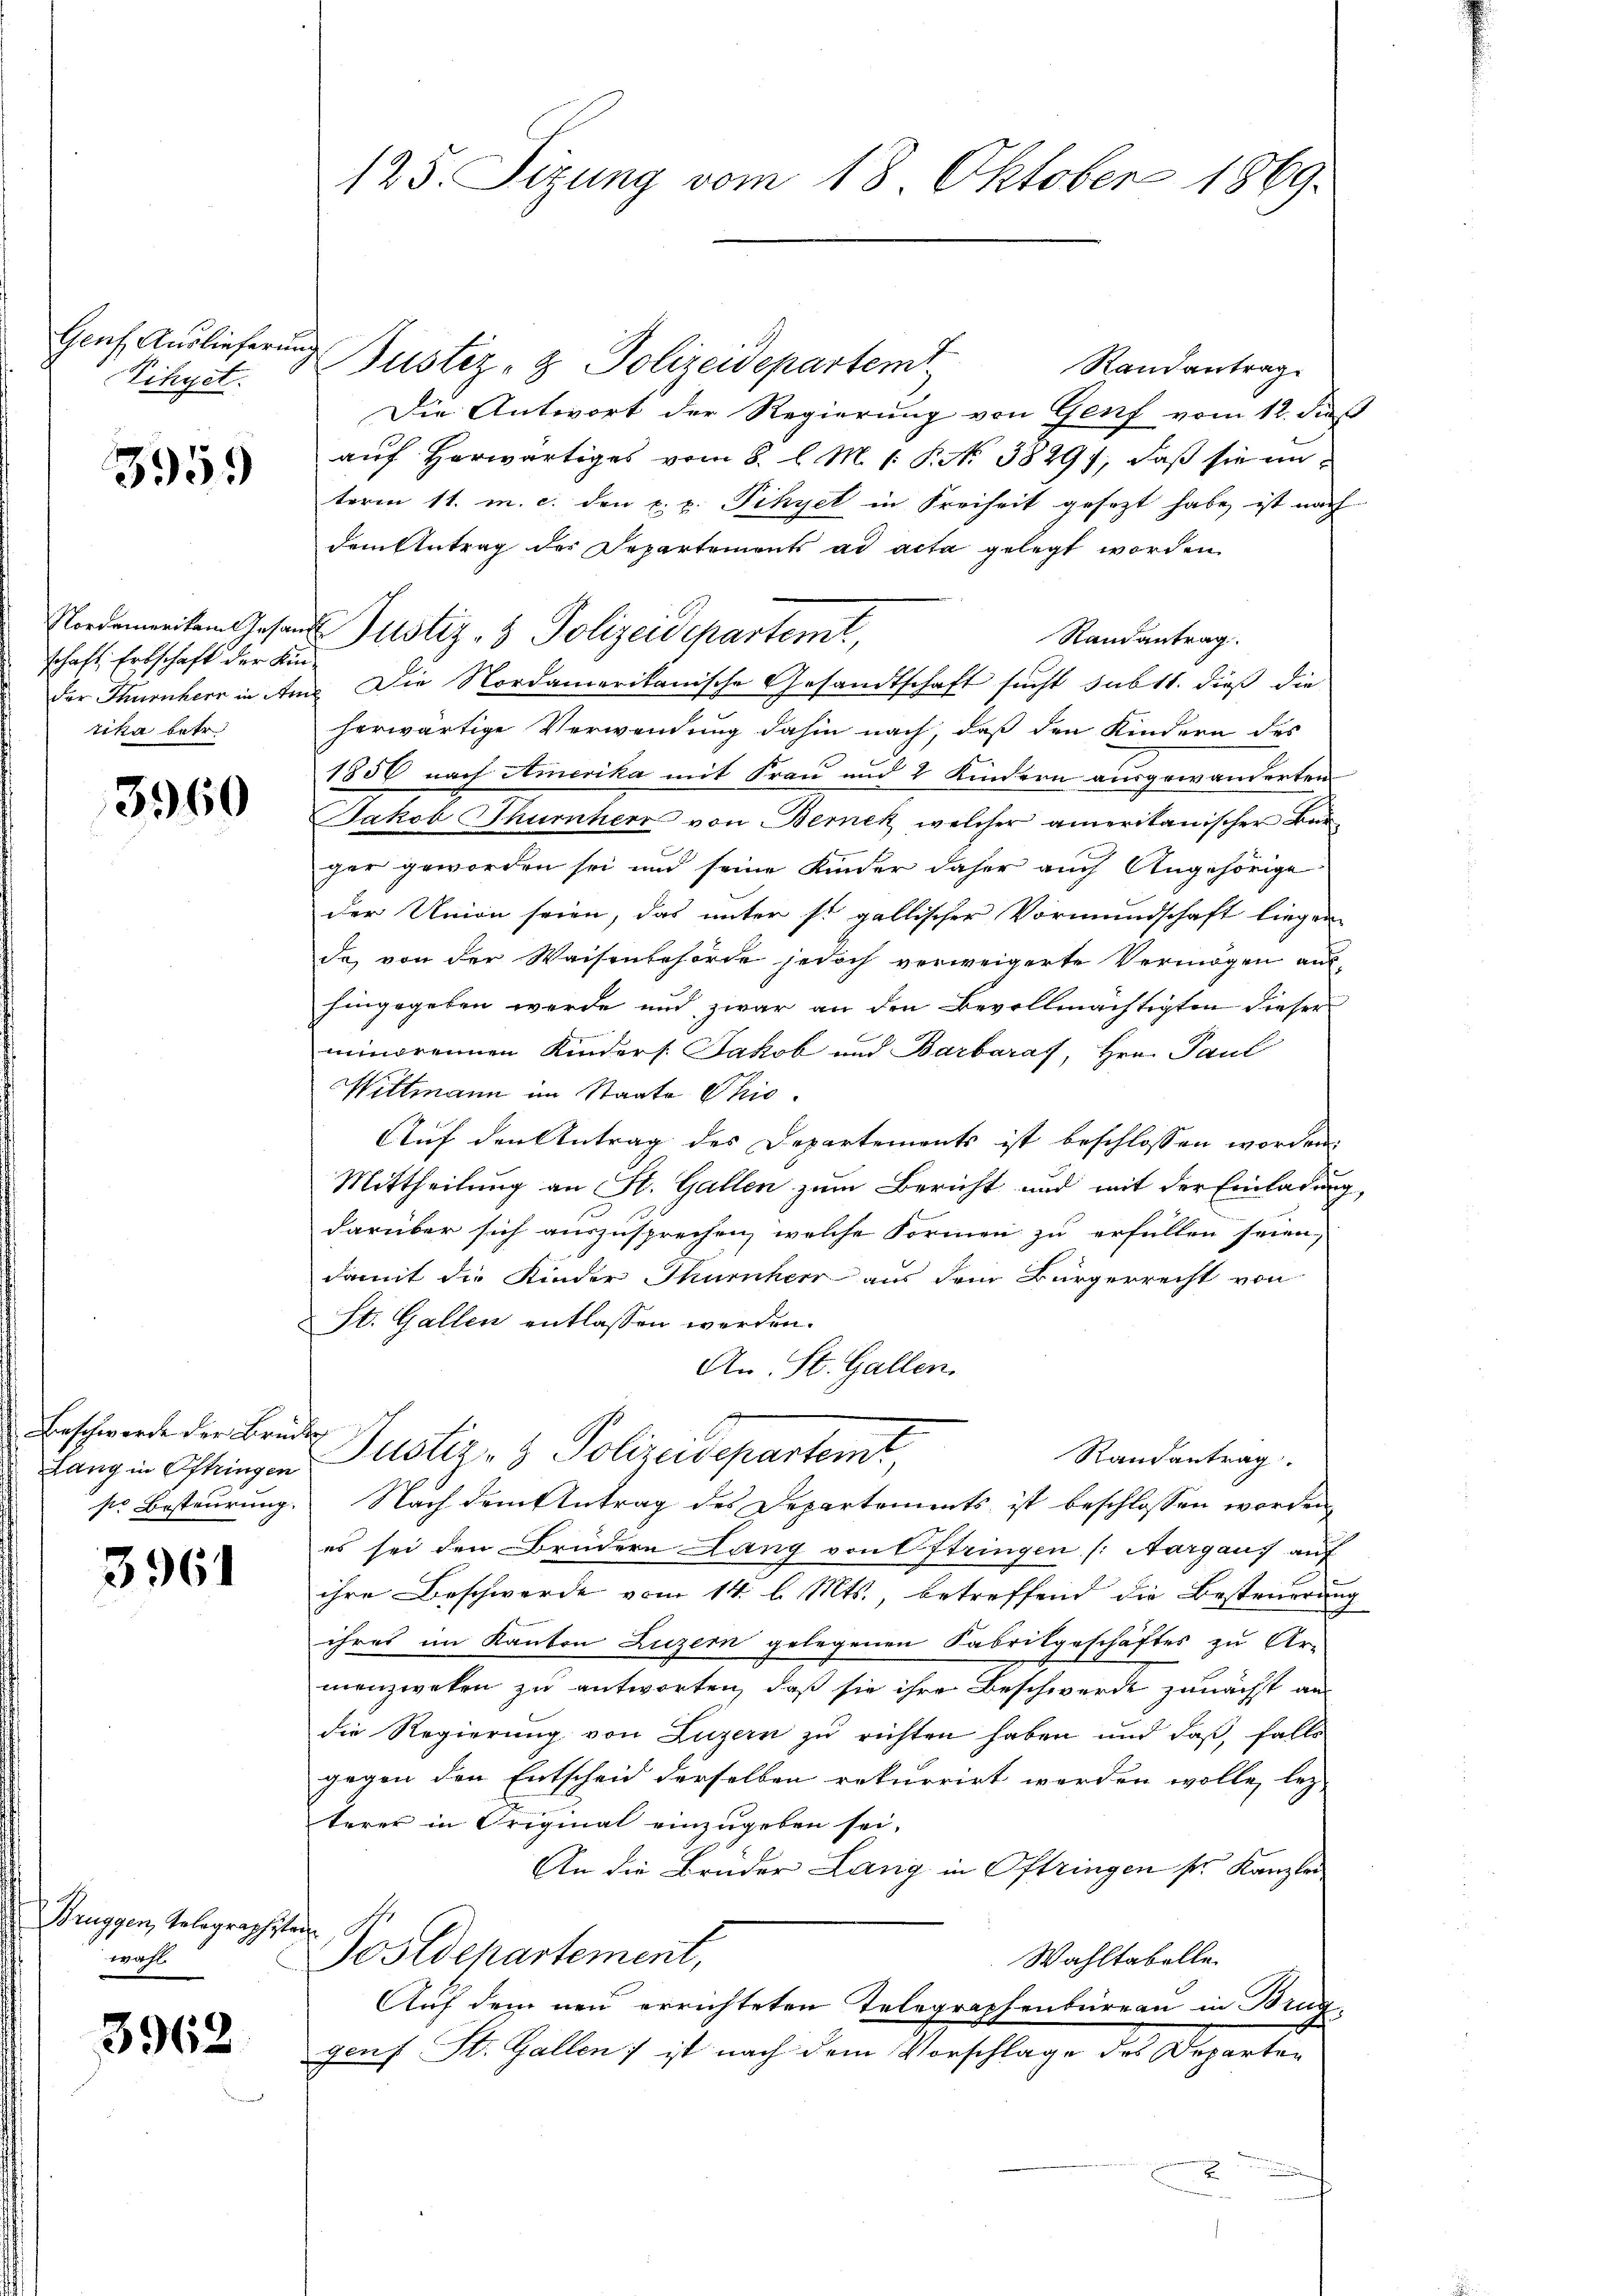
Vihyet.

3959

schaft, Erbschaft der Kintika betr

3960

Beschwerde der Brüde
Lang in Ottingen
sie Besteurung.

396

Brüggen, Telegraphistor
wahl.

3962

125. Sizung vom 18. Oktober 1869.

Genf Auslieferung Justiz- & Polizeidepartem
Randantrag.
Die Antwort der Regierung von Genf vom 12. daß
auf herwärtiges vom 8. l. M. (: P. Nr. 3829), daß sie imterm 11. m. c. den k. k. Fihyet in Freiheit gesezt habe ist nach
dem Antrag der Departements ad acta gelegt worden
Randantrag.
der Thurnherr in Am Die Nordamerikanische Gesandtschaft sucht subtt. dieß die
herwärtige Verwendung dahin nach, daß den Kindern des
1856 nach Amerika mit Frau und 2 Kindern ausgewanderten
Jakob Thurnherr von Bernek, welcher amerikanischer Bur
ger geworden sei und seine Kinder daher auch Angehörige
der Union seien, das unter so gallischer Vormundschaft liegen-
de, von der Waisenbehörde jedoch verweigerte Vermögen aushingegeben werde und zwar an den Bevollmächtigten dieser
minorennen Kinders. Jakob und Barbaraf, Hrn. Paul
Wittmann im Staate Ohio.
Auf den Antrag des Departements ist beschlossen worden
Mittheilung an St. Gallen zum Bericht und mit der Einladung,
darüber sich auszusprechen, welche Formen zu erfüllen seien,
damit die Kinder Thurnherr aus dem Bürgerrecht von
St. Gallen entlassen werden.
An St. Gallen.
Justiz- & Polizeidepartemt
Randantrag
Nach dem Antrag des Departements ist beschlossen worden,
es sei den Brüdern Lang von Oftringen (Aargaus auf
ihre Beschwerde vom 14. l. Mts. betreffend die Besteuerung
ihres im Kanton Luzern gelegenen Fabrikgeschäftes zu Ar-
menzweken zu antworten, daß sie ihre Beschwerde zunächst an
die Regierung von Luzern zu richten haben und daß, falls
gegen den Entscheid derselben rekurrirt worden wolle, lezterer in Original einzugeben sei.
An die Brüder Lang in Oftringen sr. Kanzlei
Postdepartement,
Wahltabelle.
Auf dem neu errichteten Telegraphenbureau in Brug
gons St. Gallen ; ist nach dem Vorschlage des Departen

Nordementen Gesandts Justiz- & Polizeidchartemt,